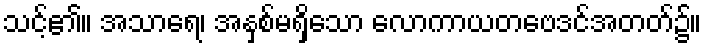
သင့်၏။ အသာရေ၊ အနှစ်မရှိသော လောကာယတဗေဒင်အတတ်၌။